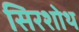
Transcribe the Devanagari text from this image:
सिरशोथ